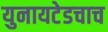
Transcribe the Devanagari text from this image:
युनायटेडचाच